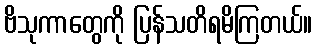
ဗိသုကာတွေကို ပြန်သတိရမိကြတယ်။